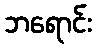
ဘရောင်း